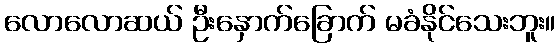
လောလောဆယ် ဦးနှောက်ခြောက် မခံနိုင်သေးဘူး။